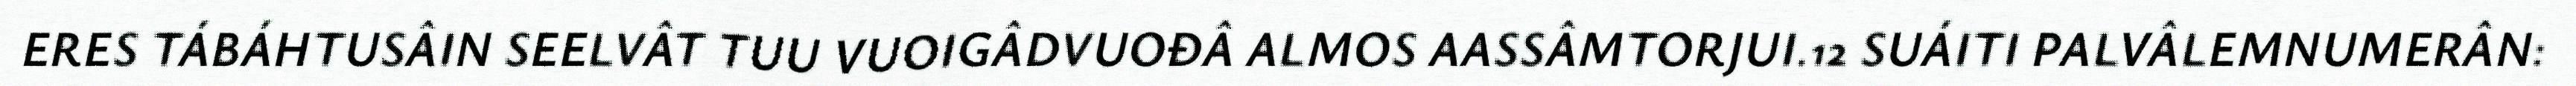
ERES TÁBÁHTUSÂIN SEELVÂT TUU VUOIGÂDVUOĐÂ ALMOS AASSÂMTORJUI.12 SUÁITI PALVÂLEMNUMERÂN: